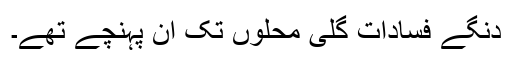
دنگے فسادات گلی محلوں تک ان پہنچے تھے۔